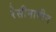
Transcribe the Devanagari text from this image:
रेसीनामीन